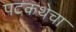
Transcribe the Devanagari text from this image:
पटकथेचा